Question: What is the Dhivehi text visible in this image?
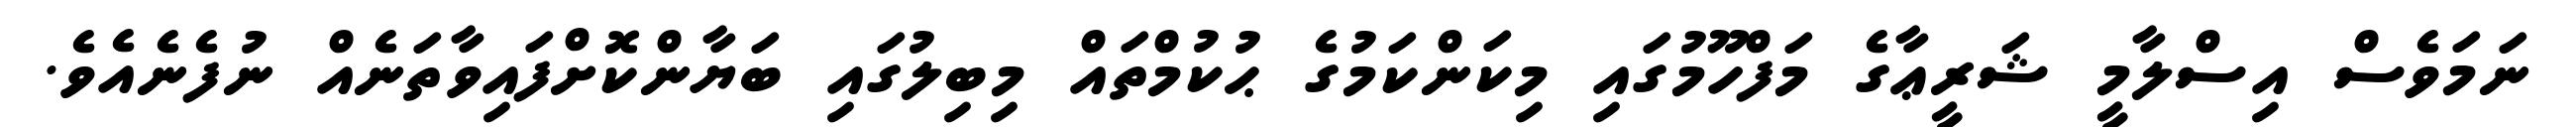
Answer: ނަމަވެސް އިސްލާމީ ޝަރީޢާގެ މަފްހޫމުގައި މިކަންކަމުގެ ޙުކުމްތައް މިބިލުގައި ބަޔާންކޮށްފައިވާތަނެއް ނުފެނެއެވެ.